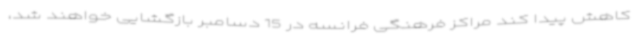
کاهش پیدا کند مراکز فرهنگی فرانسه در 15 دسامبر بازگشایی خواهند شد،